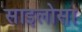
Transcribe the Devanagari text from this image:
साइलोसा